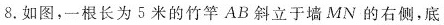
8.如图，一根长为5米的竹竿AB斜立于墙MN的右侧，底